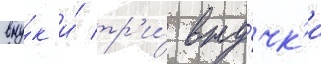
вну́к и́ тр'и́ вну́чк'и